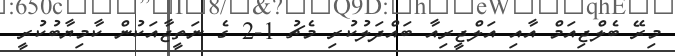
މިރޭ ބެލްޖިއަމް އާއި އަލްޖީރިއާ ބައްދަލުކުރި މެޗު 1-2 ގެ ނަތީޖާއަކުން ކާމިޔާބުކުރީ